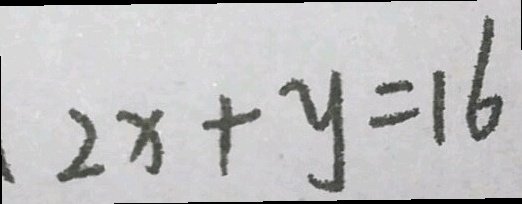
2 x + y = 1 6